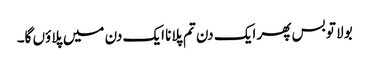
بولا تو بس پھر ایک دن تم پلانا ایک دن میں پلاؤں گا۔